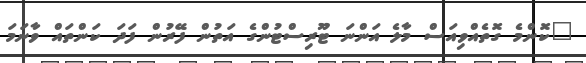
"ކޮންމެ ގޮތެއްވިއަސް މާލެ އަންނަ ޓޫރިސްޓުންގެ އަތުން ފޭރުން ފަދަ ކަންތައް ވާނަމަ